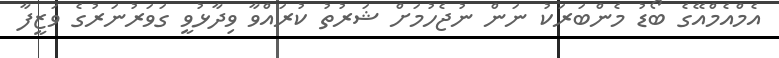
އެމްއެމްއޭގެ ބޯޑު މެންބަރަކު ނަން ނުޖެހުމަށް ޝަރުތު ކުރައްވާ ވިދާޅުވީ ގަވަރުނަރުގެ ވަޒީފާ